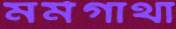
মর্মগাথা